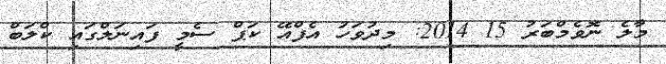
މާލެ ނޮވެމްބަރު 15 2014: މިދުވަހު އެފްއޭ ކަޕް ސެމީ ފައިނަލްގައި ކްލަބް